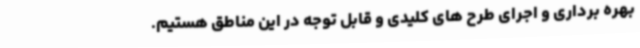
بهره برداری و اجرای طرح های کلیدی و قابل توجه در این مناطق هستیم.